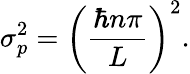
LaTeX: \sigma_{p}^{2}=\left({\frac{\hbar n\pi}{L}}\right)^{2}.